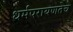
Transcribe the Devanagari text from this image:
धर्मपरायणतेचे